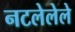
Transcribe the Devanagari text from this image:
नटलेलेले